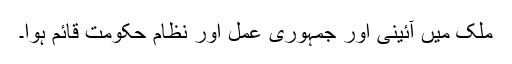
ملک میں آئینی اور جمہوری عمل اور نظام حکومت قائم ہوا۔